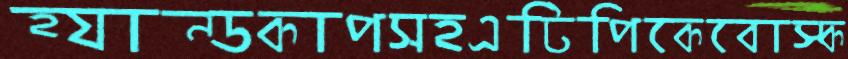
হ্যান্ডকাপসহএটিপিকেবোস্ক